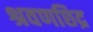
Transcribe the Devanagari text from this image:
श्रवणछिद्र